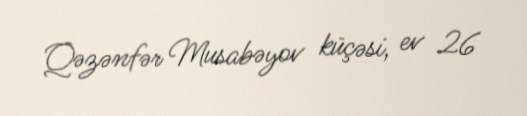
Qəzənfər Musabəyov küçəsi, ev 26